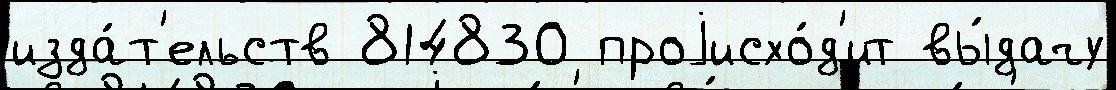
изда́т'ельств 814830 проjисхо́д'ит вы́дачу